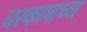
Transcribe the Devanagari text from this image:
घरकामाच्या